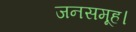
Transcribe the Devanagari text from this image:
जनसमूह।